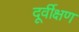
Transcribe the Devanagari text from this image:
दूर्वीक्षण